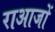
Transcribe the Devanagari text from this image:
राआजों